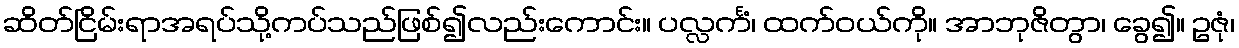
ဆိတ်ငြိမ်းရာအရပ်သို့ကပ်သည်ဖြစ်၍လည်းကောင်း။ ပလ္လင်္ကံ၊ ထက်ဝယ်ကို။ အာဘုဇိတွာ၊ ခွေ၍။ ဥဇုံ၊